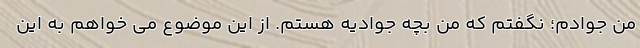
من جوادم؛ نگفتم که من بچه جوادیه هستم. از این موضوع می خواهم به این